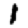
Digit: 1